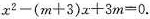
$$x^{2}-(m+3)x+3m=0$$.